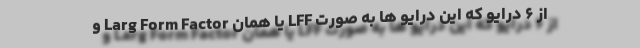
از ۶ درایو که این درایو ها به صورت LFF یا همان Larg Form Factor و